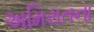
અમિરાતના